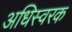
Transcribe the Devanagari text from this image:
अधिस्वरक